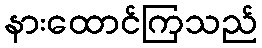
နားထောင်ကြသည်